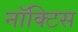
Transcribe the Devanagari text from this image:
नॉक्टिस